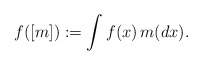
\begin{align*}f([m]):=\int f(x) \, m(dx) .\end{align*}